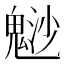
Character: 𩳑